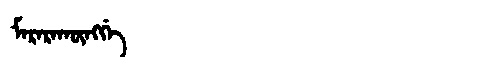
Manchu: ᠮᠠᡵᠠᡵᠠᡴᡡᠩᡤᡝ
Romanization: MARARAKŪNGGE